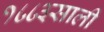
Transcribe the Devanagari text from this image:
१८८३साली